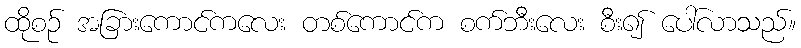
ထိုစဉ် အခြားကောင်ကလေး တစ်ကောင်က စက်ဘီးလေး စီး၍ ပေါ်လာသည်။